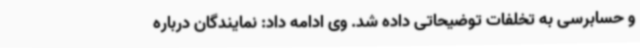
و حسابرسی به تخلفات توضیحاتی داده شد. وی ادامه داد: نمایندگان درباره